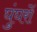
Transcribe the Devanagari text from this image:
घुंघरों